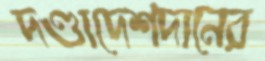
দণ্ডাদেশদানের